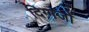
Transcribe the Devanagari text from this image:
दिग्‍गजों